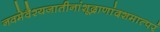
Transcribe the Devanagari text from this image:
नवमेवैश्यजातीनांशूद्राणांदशमात्परं